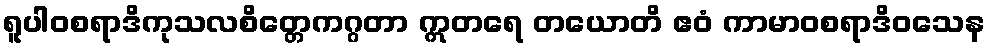
ရူပါဝစရာဒိကုသလစိတ္တေကဂ္ဂတာ ဣတရေ တယောတိ ဧဝံ ကာမာဝစရာဒိဝသေန